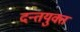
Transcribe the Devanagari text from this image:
दन्तयुक्त